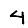
Digit: 4